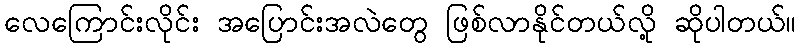
လေကြောင်းလိုင်း အပြောင်းအလဲတွေ ဖြစ်လာနိုင်တယ်လို့ ဆိုပါတယ်။